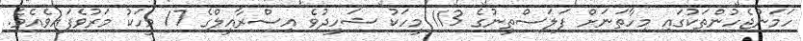
ހަމަނުޖެހުންތަކުގައި މިހާތަނަށް ފަލަސްތީނުގެ 113 މީހަކު ޝަހީދުވެ އިސްރާއީލްގެ 17 މީހަކު މަރުވެފައިވެއެވެ.